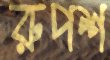
রুপশ